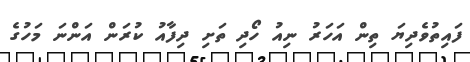
ފައިތުވެދިޔަ ތިން އަހަރު ނިއު ހޯދި ތަށި ދިފާއު ކުރަން އަންނަ މަހުގެ